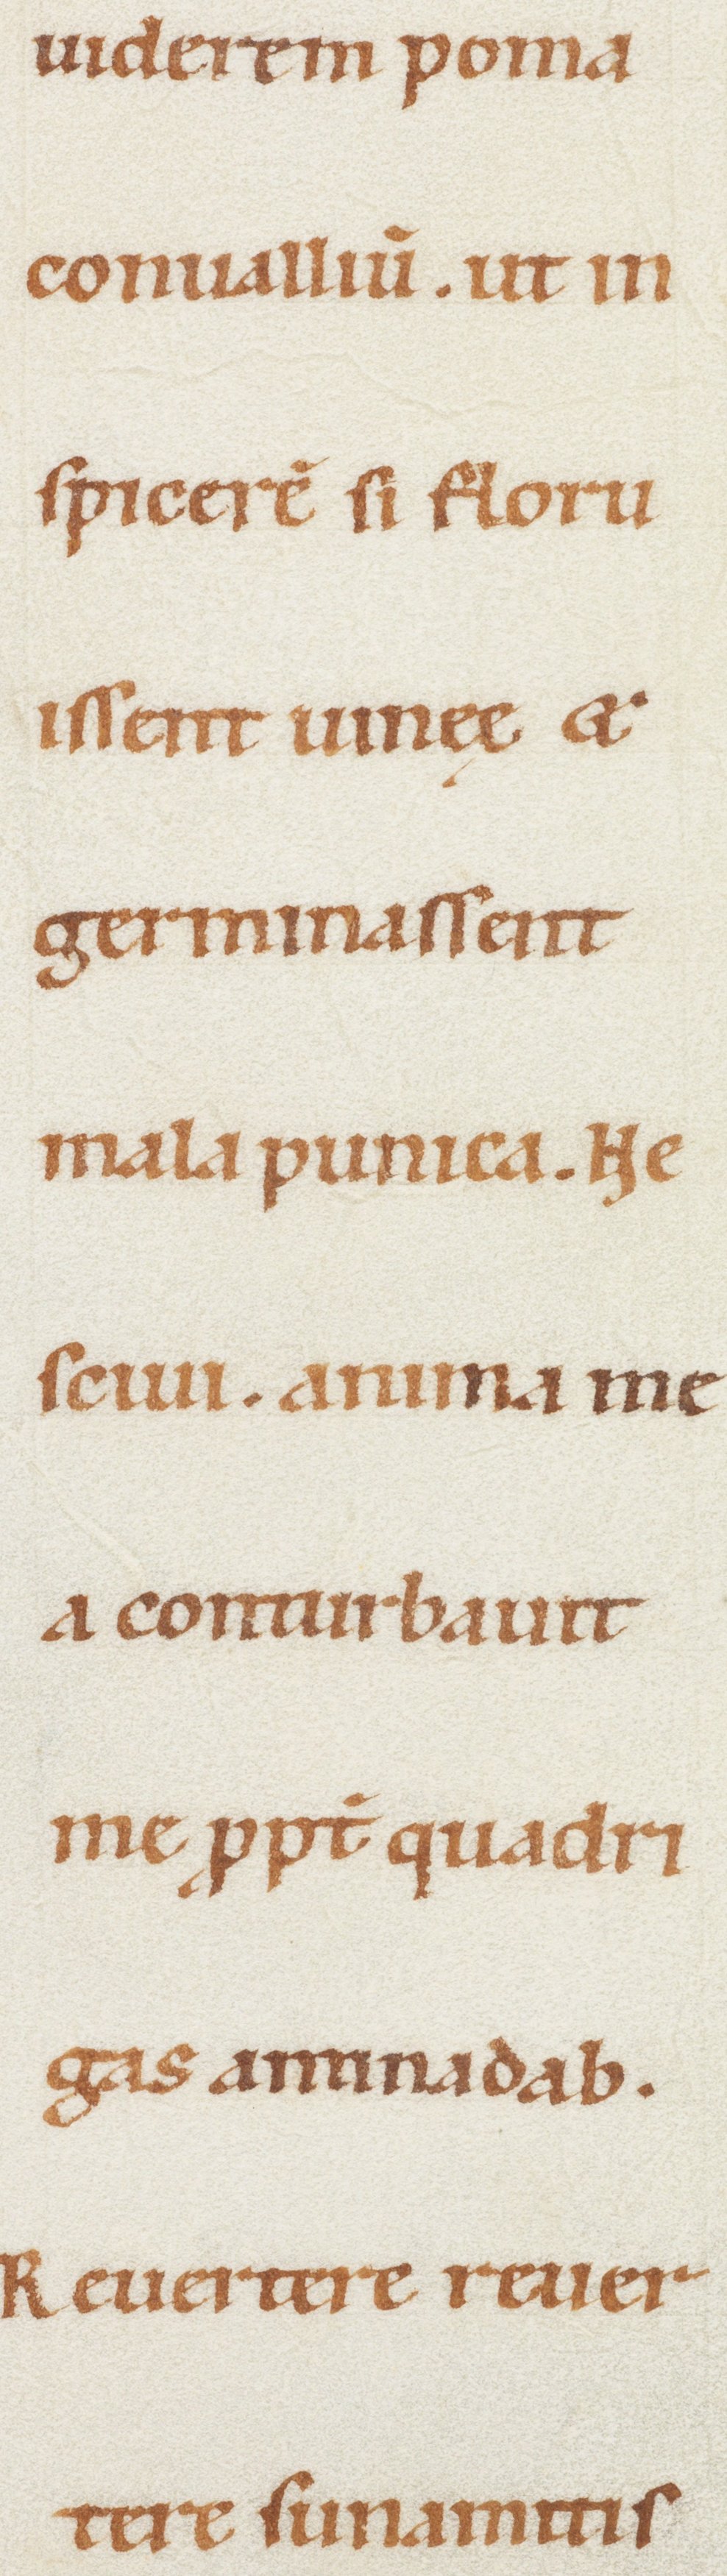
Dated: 1100–1199